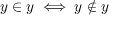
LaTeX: y \in y \iff y \notin y